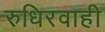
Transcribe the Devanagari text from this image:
रुधिरवाही